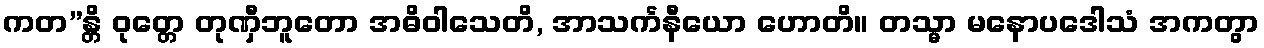
ကတ”န္တိ ဝုတ္တေ တုဏှီဘူတော အဓိဝါသေတိ, အာသင်္ကနီယော ဟောတိ။ တသ္မာ မနောပဒေါသံ အကတွာ